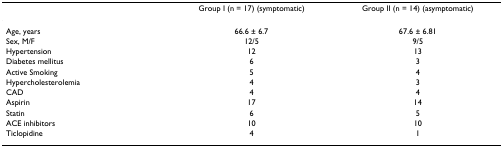
<table><thead><tr><td></td><td><b>Group I (n = 17) (symptomatic)</b></td><td><b>Group II (n = 14) (asymptomatic)</b></td></tr></thead><tbody><tr><td>Age, years</td><td>66.6 ± 6.7</td><td>67.6 ± 6.81</td></tr><tr><td>Sex, M/F</td><td>12/5</td><td>9/5</td></tr><tr><td>Hypertension</td><td>12</td><td>13</td></tr><tr><td>Diabetes mellitus</td><td>6</td><td>3</td></tr><tr><td>Active Smoking</td><td>5</td><td>4</td></tr><tr><td>Hypercholesterolemia</td><td>4</td><td>3</td></tr><tr><td>CAD</td><td>4</td><td>4</td></tr><tr><td>Aspirin</td><td>17</td><td>14</td></tr><tr><td>Statin</td><td>6</td><td>5</td></tr><tr><td>ACE inhibitors</td><td>10</td><td>10</td></tr><tr><td>Ticlopidine</td><td>4</td><td>1</td></tr></tbody></table>